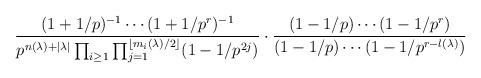
LaTeX: \begin{align*} \frac{(1+1/p)^{-1} \cdots (1+1/p^r)^{-1}}{p^{n(\lambda)+|\lambda|} \prod_{i \geq 1} \prod_{j=1}^{\lfloor m_i(\lambda)/2 \rfloor} (1-1/p^{2j})} \cdot \frac{(1-1/p) \cdots (1-1/p^r)}{(1-1/p) \cdots (1-1/p^{r-l(\lambda)})} \end{align*}